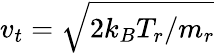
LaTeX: v_{t}=\sqrt{2k_{B}T_{r}/m_{r}}